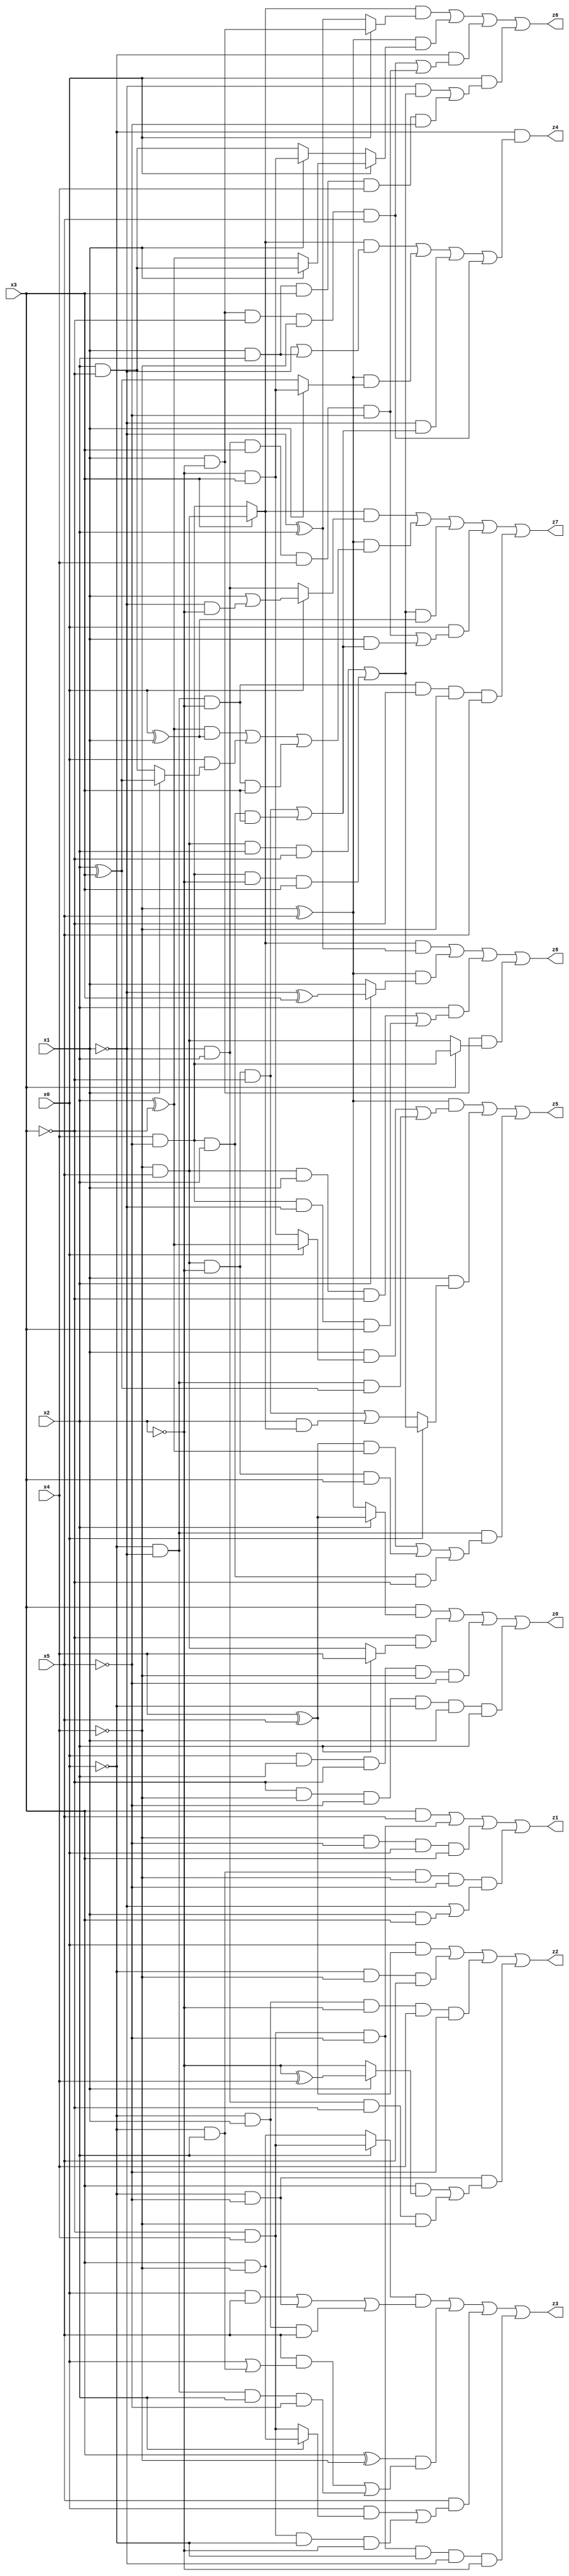
// Benchmark "X_22" written by ABC on Mon Jun 05 23:00:45 2023

module X_22 ( 
    x0, x1, x2, x3, x4, x5,
    z0, z1, z2, z3, z4, z5, z6, z7, z8  );
  input  x0, x1, x2, x3, x4, x5;
  output z0, z1, z2, z3, z4, z5, z6, z7, z8;
  assign z0 = (x3 & (x2 ? (x4 ^ x5) : (~x4 ^ x5))) | (~x3 & (x2 ? x4 : (~x4 & x5))) | (x0 & x2 & ~x3 & ~x4 & ~x5) | (~x3 & ~x4 & ~x5 & ~x0 & x1 & x2);
  assign z1 = (x3 & x5) | (~x3 & x4 & ~x5) | (~x4 & ~x5 & x0 & x3) | (~x0 & x2 & ~x4 & ~x5 & (~x1 | (x1 & x3)));
  assign z2 = (x0 & (x4 ^ x5)) | (~x0 & ~x4 & x5) | (~x0 & x1 & ~x2 & x4 & ~x5) | (~x0 & ~x5 & ((x3 & (x1 ? (~x2 ^ x4) : ~x2)) | (~x1 & x2 & ~x3 & ~x4)));
  assign z3 = ((x2 ? (~x3 & x4) : (x3 & ~x4)) & ((x0 & x5) | (~x0 & ~x5) | (~x0 & x1 & x5))) | ((x3 ^ ~x4) & ((x5 & (x0 | (~x0 & x2))) | (~x0 & ~x1 & x2 & ~x5))) | (x5 & ((x0 & (x2 ? (x3 & ~x4) : (~x3 & x4))) | (~x3 & x4 & ~x0 & ~x2))) | (~x3 & x4 & ~x5 & ~x0 & ~x1 & ~x2);
  assign z4 = ~x0 & (((x3 ? (~x4 & x5) : (x4 & ~x5)) & (~x1 | (x1 & x2))) | ((~x4 ^ x5) & (x1 ? (~x2 & x3) : (x2 ^ x3))) | (~x1 & ((~x4 & x5 & ~x2 & ~x3) | (x4 & ~x5 & x2 & x3))) | (x1 & ~x2 & ~x3 & ~x4 & x5));
  assign z5 = ((~x4 ^ x5) & ((x1 & (x0 ? (x2 ^ ~x3) : (~x2 & x3))) | (~x0 & ~x1 & (x2 ^ x3)))) | (x1 & (x0 ? ((~x4 & x5 & x2 & ~x3) | (x4 & ~x5 & ~x2 & x3)) : ((~x4 & x5 & ~x2 & ~x3) | (x2 & (x3 ? (~x4 & x5) : (x4 & ~x5)))))) | (~x0 & ~x1 & (((x4 ^ x5) & (x2 ^ ~x3)) | (~x4 & x5 & ~x2 & x3) | (x4 & ~x5 & x2 & ~x3)));
  assign z6 = ((x3 ? (~x4 & x5) : (x4 & ~x5)) & (x0 ? (x1 & ~x2) : (~x1 ^ x2))) | ((~x4 ^ x5) & (x0 ? (x1 ? (x2 & ~x3) : (x2 ^ ~x3)) : (x1 ? (~x2 & x3) : (x2 & ~x3)))) | (~x0 & ((x1 & ~x2 & ~x3 & ~x4 & x5) | (~x1 & x2 & x3 & x4 & ~x5))) | (x0 & ((~x1 & ((~x4 & x5 & x2 & ~x3) | (x4 & ~x5 & ~x2 & x3))) | (x1 & x2 & x3 & x4 & ~x5)));
  assign z7 = ((x3 ? (~x4 & x5) : (x4 & ~x5)) & (x0 ? (x1 | (~x1 & ~x2)) : (~x1 & x2))) | ((~x4 ^ x5) & (((x2 ^ ~x3) & (x0 ^ x1)) | (x0 & (x1 ? (x2 ^ x3) : (x2 & ~x3))) | (~x0 & ~x1 & ~x2 & x3))) | (((~x4 & x5 & x2 & ~x3) | (x4 & ~x5 & ~x2 & x3)) & (x0 ^ x1)) | (x0 & ((~x1 & x2 & x3 & x4 & ~x5) | (x1 & ((~x4 & x5 & ~x2 & ~x3) | (x4 & ~x5 & x2 & x3))))) | (~x0 & ~x1 & ~x2 & ~x3 & ~x4 & x5);
  assign z8 = ((x3 ? (~x4 & x5) : (x4 & ~x5)) & (~x1 ^ x2)) | ((~x4 ^ x5) & (x2 ? (~x1 ^ x3) : x1)) | (x2 & ((~x4 & x5 & x1 & ~x3) | (x4 & ~x5 & ~x1 & x3))) | (x1 & ~x2 & (x3 ? (x4 & ~x5) : (~x4 & x5)));
endmodule